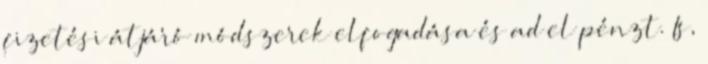
fizetési átjáró módszerek elfogadása és ad el pénzt. Is,